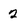
Character: 2